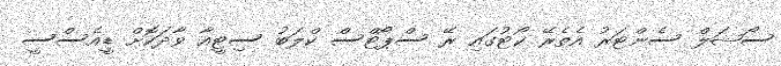
ސޯޝަލް ސެންޓަރު އެތެރޭ ކޯޓުގައި ރޭ ސްޕޯޓްސް ކްލަބު ސިޓީއާ ވާދަކޮށް ޑީއެސްސީ